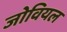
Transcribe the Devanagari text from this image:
जोवियल